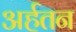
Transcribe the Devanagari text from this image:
अर्हतन